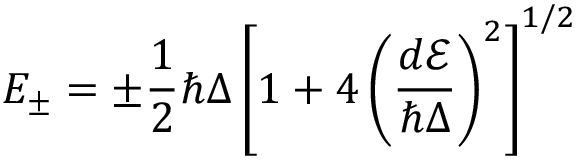
E _ { \pm } = \pm \frac { 1 } { 2 } \hbar \Delta \left[ 1 + 4 \left( \frac { d \mathcal { E } } { \hbar \Delta } \right) ^ { 2 } \right] ^ { 1 / 2 }